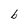
Character: b